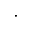
\cdot